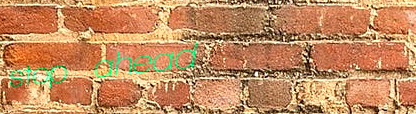
stop ahead